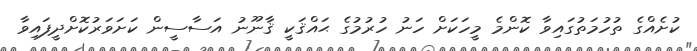
ކުށެއްގެ ތުހުމަތުގައިވާ ކޮންމެ މީހަކަށް ހަނު ހުރުމުގެ ޙައްޤަކީ ޤާނޫނު އަސާސީން ކަށަވަރުކޮށްދީފައިވާ